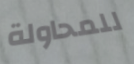
للمحاولة